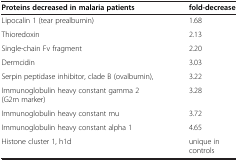
<table><thead><tr><td><b>Proteins decreased in malaria patients</b></td><td><b>fold-decrease</b></td></tr></thead><tbody><tr><td>Lipocalin 1 (tear prealbumin)</td><td>1.68</td></tr><tr><td>Thioredoxin</td><td>2.13</td></tr><tr><td>Single-chain Fv fragment</td><td>2.20</td></tr><tr><td>Dermcidin</td><td>3.03</td></tr><tr><td>Serpin peptidase inhibitor, clade B (ovalbumin),</td><td>3.22</td></tr><tr><td>Immunoglobulin heavy constant gamma 2 (G2m marker)</td><td>3.28</td></tr><tr><td>Immunoglobulin heavy constant mu</td><td>3.72</td></tr><tr><td>Immunoglobulin heavy constant alpha 1</td><td>4.65</td></tr><tr><td>Histone cluster 1, h1d</td><td>unique in controls</td></tr></tbody></table>